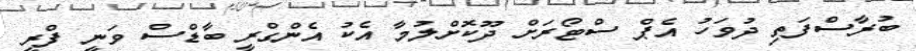
ބުރާސްފަތި ދުވަހު އެޕް ސްޓޯރަށް ދޫކޮށްލުމާ އެކު އެންގްރީ ބާޑްސް ވަނީ ފްރީ